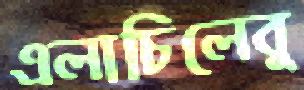
এলাচিলেবু